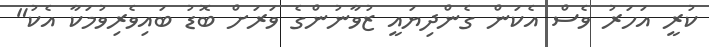
ކުރީ އަހަރު ވެސް އެކަން ގެންދިޔައީ ޒުވާނުންގެ ވަރަށް ބޮޑު ބައިވެރިވުމަކާ އެކު"